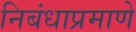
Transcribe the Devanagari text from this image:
निबंधाप्रमाणे